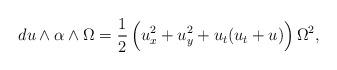
LaTeX: \begin{align*} d u\wedge \alpha \wedge \Omega=\frac 12\,\Bigl(u_x^2+u_y^2+u_t(u_t+u)\Bigr)\,\Omega^2,\end{align*}